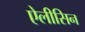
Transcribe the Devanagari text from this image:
ऐलीसिन